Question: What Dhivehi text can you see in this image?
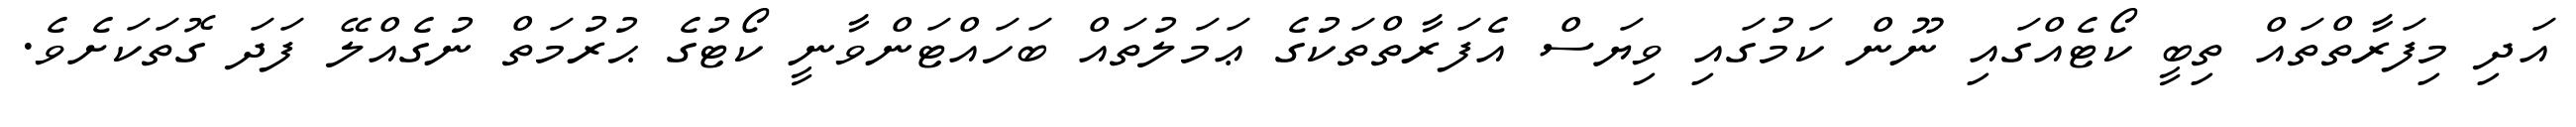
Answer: އަދި މިފަރާތްތައް ތިބީ ކޯޓެއްގައި ނޫން ކަމުގައި ވިޔަސް އެފަރާތްތަކުގެ ޢަމަލުތައް ބަހައްޓަންވާނީ ކޯޓުގެ ޙުރުމަތް ނުގެއްލޭ ފަދަ ގޮތަކަށެވެ.